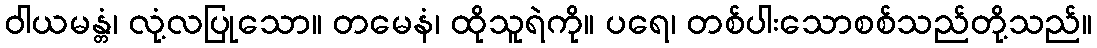
ဝါယမန္တံ၊ လုံ့လပြုသော။ တမေနံ၊ ထိုသူရဲကို။ ပရေ၊ တစ်ပါးသောစစ်သည်တို့သည်။